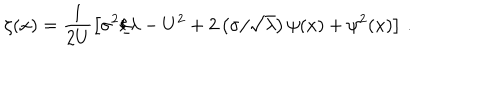
LaTeX: \zeta ( x ) = \frac { 1 } { 2 U } \left[ \sigma ^ { 2 } / \lambda - U ^ { 2 } + 2 \left( \sigma / \sqrt { \lambda } \right) \psi ( x ) + \psi ^ { 2 } ( x ) \right] \, .